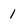
Character: 1